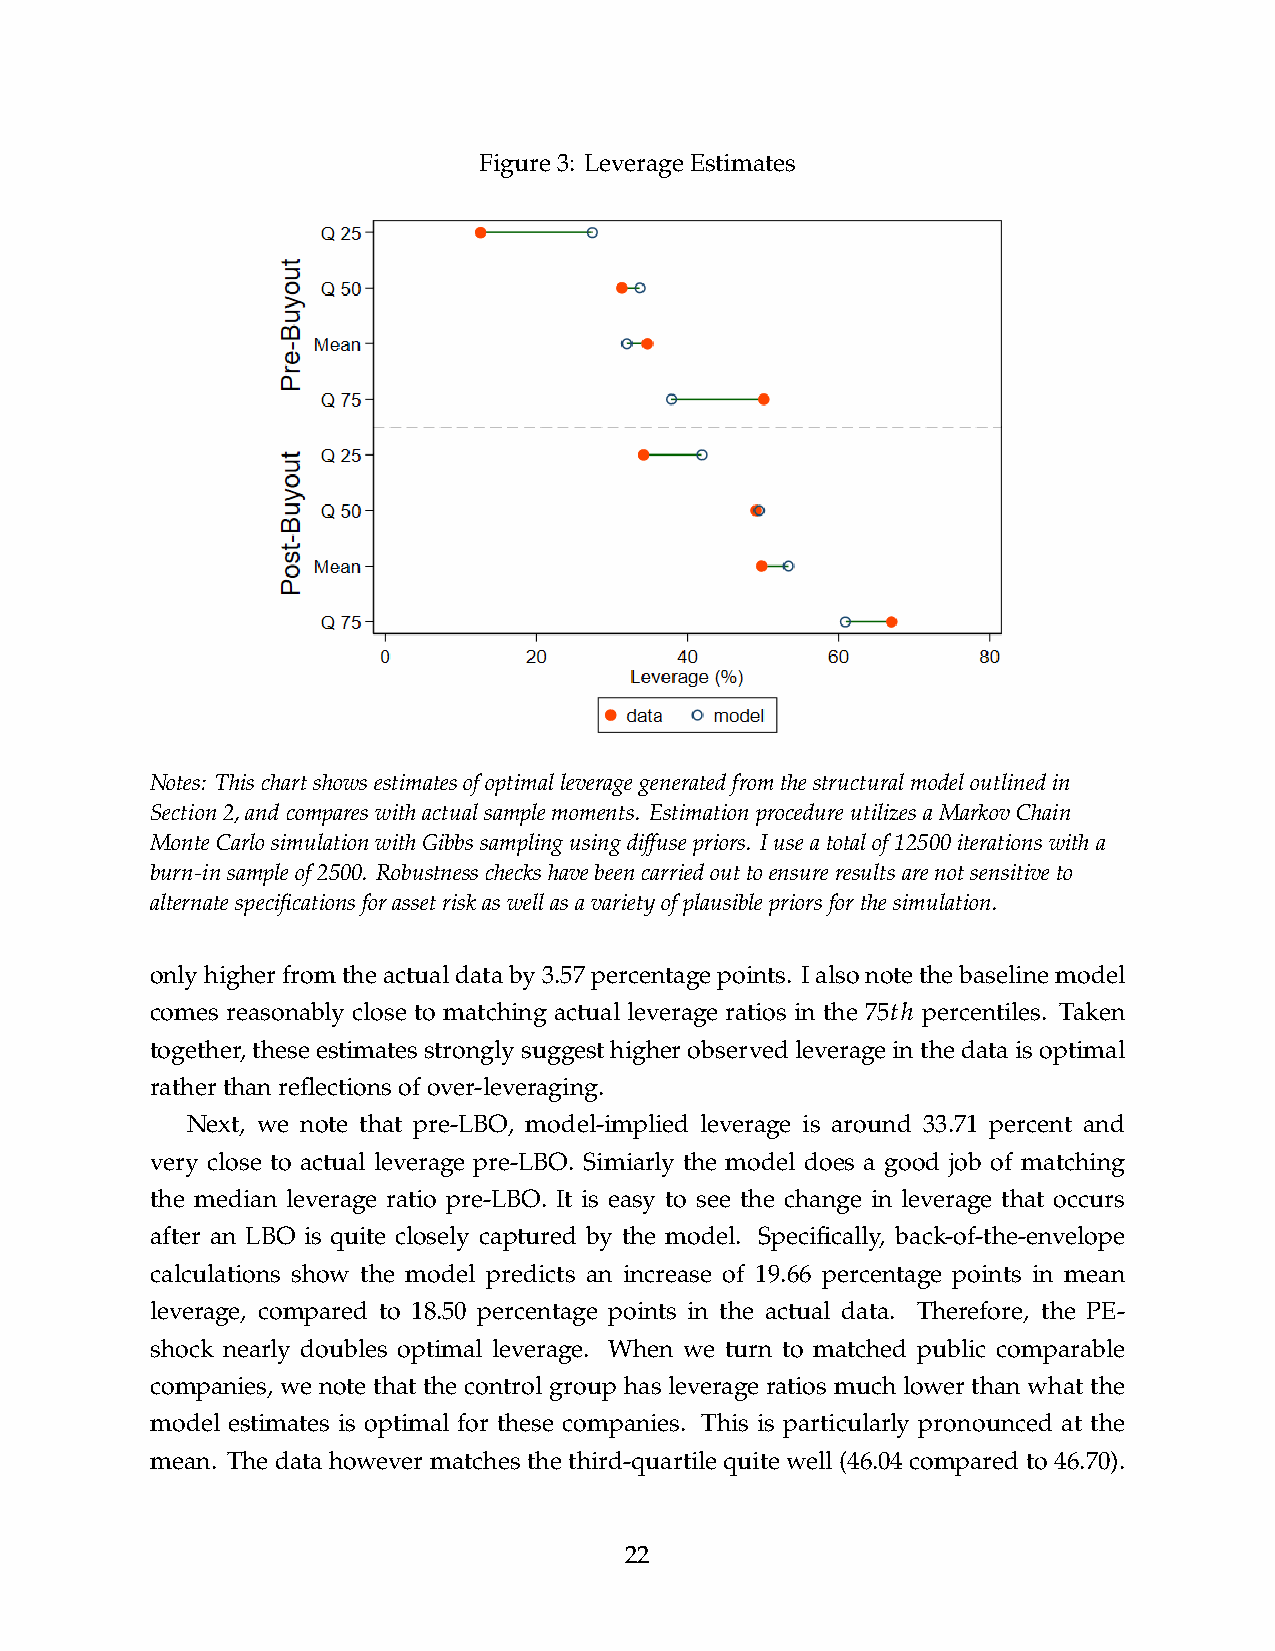
Figure3: LeverageEstimates
 Notes: Thischartshowsestimatesofoptimalleveragegeneratedfromthestructuralmodeloutlinedin
 Section2,andcompareswithactualsamplemoments. EstimationprocedureutilizesaMarkovChain
 MonteCarlosimulationwithGibbssamplingusingdiffusepriors. Iuseatotalof12500iterationswitha
 burn-insampleof2500. Robustnesscheckshavebeencarriedouttoensureresultsarenotsensitiveto
 alternatespecificationsforassetriskaswellasavarietyofplausiblepriorsforthesimulation.
 onlyhigherfromtheactualdataby3.57percentagepoints. Ialsonotethebaselinemodel
 𝑡ℎ
 comes reasonably close to matching actual leverage ratios in the 75 percentiles. Taken
 together,theseestimatesstronglysuggesthigherobservedleverageinthedataisoptimal
 ratherthanreflectionsofover-leveraging.
 Next, we note that pre-LBO, model-implied leverage is around 33.71 percent and
 very close to actual leverage pre-LBO. Simiarly the model does a good job of matching
 the median leverage ratio pre-LBO. It is easy to see the change in leverage that occurs
 after an LBO is quite closely captured by the model. Specifically, back-of-the-envelope
 calculations show the model predicts an increase of 19.66 percentage points in mean
 leverage, compared to 18.50 percentage points in the actual data. Therefore, the PE-
 shock nearly doubles optimal leverage. When we turn to matched public comparable
 companies, we note that the control group has leverage ratios much lower than what the
 model estimates is optimal for these companies. This is particularly pronounced at the
 mean. The data however matches the third-quartile quite well (46.04 compared to 46.70).
 22